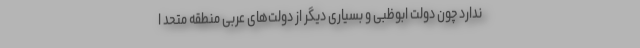
ندارد چون دولت ابوظبی و بسیاری دیگر از دولت‌های عربی منطقه متحد ا